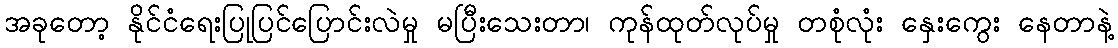
အခုတော့ နိုင်ငံရေးပြုပြင်ပြောင်းလဲမှု မပြီးသေးတာ၊ ကုန်ထုတ်လုပ်မှု တစုံလုံး နှေးကွေး နေတာနဲ့